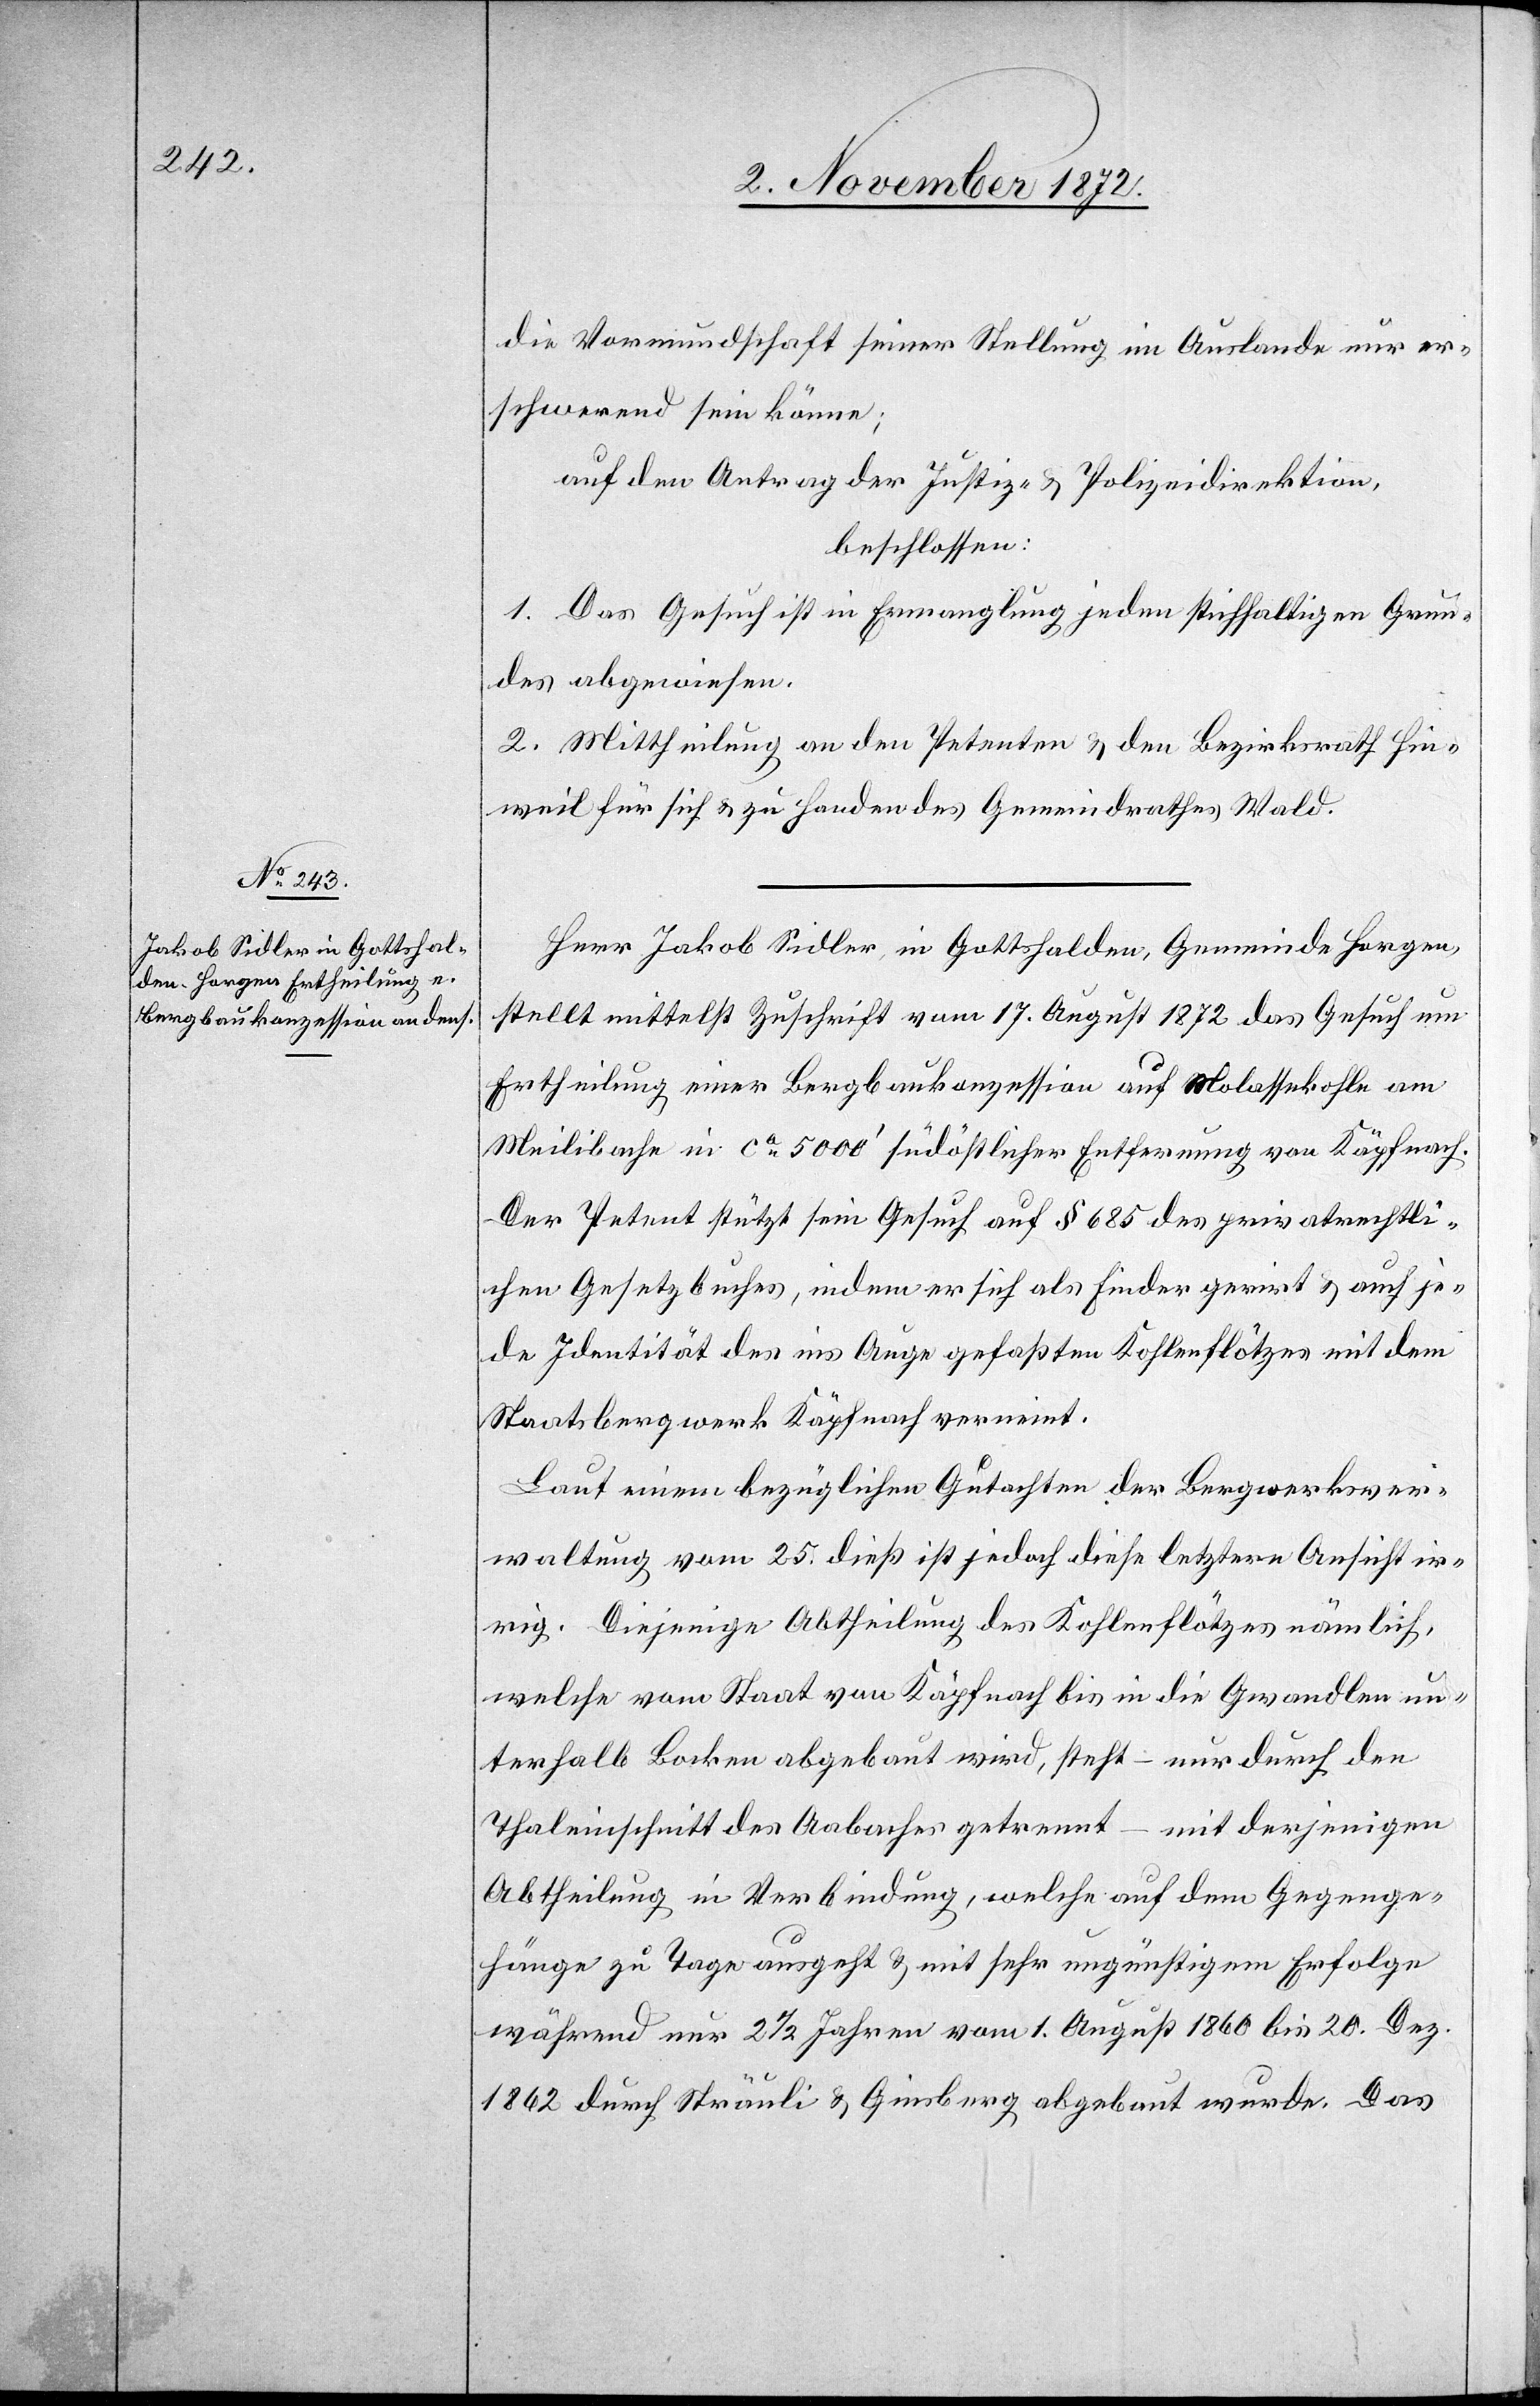
die Vormundschaft seiner Stellung im Auslande nur er¬
schwerend sein könne;
auf den Antrag der Justiz- u. Polizeidirektion,
beschlossen:
1. Das Gesuch ist in Ermanglung jeden stichhaltigen Grun¬
des abgewiesen.
2. Mittheilung an den Petenten u. den Bezirksrath Hin¬
weil für sich u. zu Handen des Gemeindrathes Wald.
Herr Jakob Sidler in Gottshalden, Gemeinde Horgen,
stellt mittelst Zuschrift vom 17. August 1872 das Gesuch um
Ertheilung einer Bergbaukonzession auf Molassekohle am
Meilibache in ca 5000’ südöstlicher Entfernung von Käpfnach.
Der Petent stützt sein Gesuch auf § 685 des privatrechtli¬
chen Gesetzbuches, indem er sich als Finder gerirt u. auch je¬
de Identität des in Auge gefaßten Kohlenflötzes mit dem
Staatsbergwerk Käpfnach verneint.
Laut einem bezüglichen Gutachten der Bergwerksver¬
waltung vom 25. dieß ist jedoch diese letztere Ansicht ir¬
rig. Diejenige Abtheilung des Kohlenflötzes nämlich,
welche vom Staat von Käpfnach bis in die Gwandlen un¬
terhalb Bocken abgebaut wird, steht – nur durch den
Thaleinschnitt des Aabaches getrennt – mit derjenigen
Abtheilung in Verbindung, welche auf dem Gegenge¬
hänge zu Tage ausgeht u. mit sehr ungünstigem Erfolge
während nur 2 1/2 Jahren vom 1. August 1860 bis 20. Dez.
1862 durch Sträuli u. Ginsberg abgebaut wurde. Das